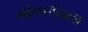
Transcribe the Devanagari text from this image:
मांसखंडाला